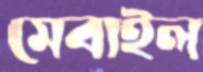
মেবাইল